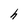
Character: h